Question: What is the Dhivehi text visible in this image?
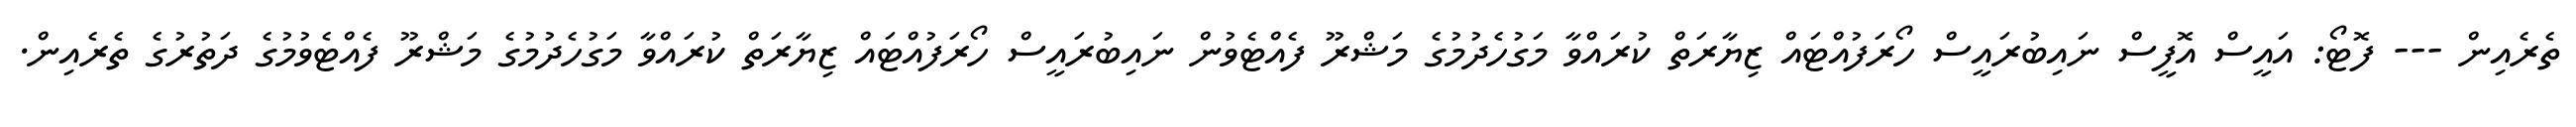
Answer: ތެރެއިން --- ފޮޓޯ: އައީސް އޮފީސް ނައިބުރައީސް ހޯރަފުއްޓައް ޒިޔާރަތް ކުރައްވާ މަގުހެދުމުގެ މަޝްރޫ ފެއްޓެވުން ނައިބުރައީސް ހޯރަފުއްޓައް ޒިޔާރަތް ކުރައްވާ މަގުހެދުމުގެ މަޝްރޫ ފެއްޓެވުމުގެ ދަތުރުގެ ތެރެއިން.